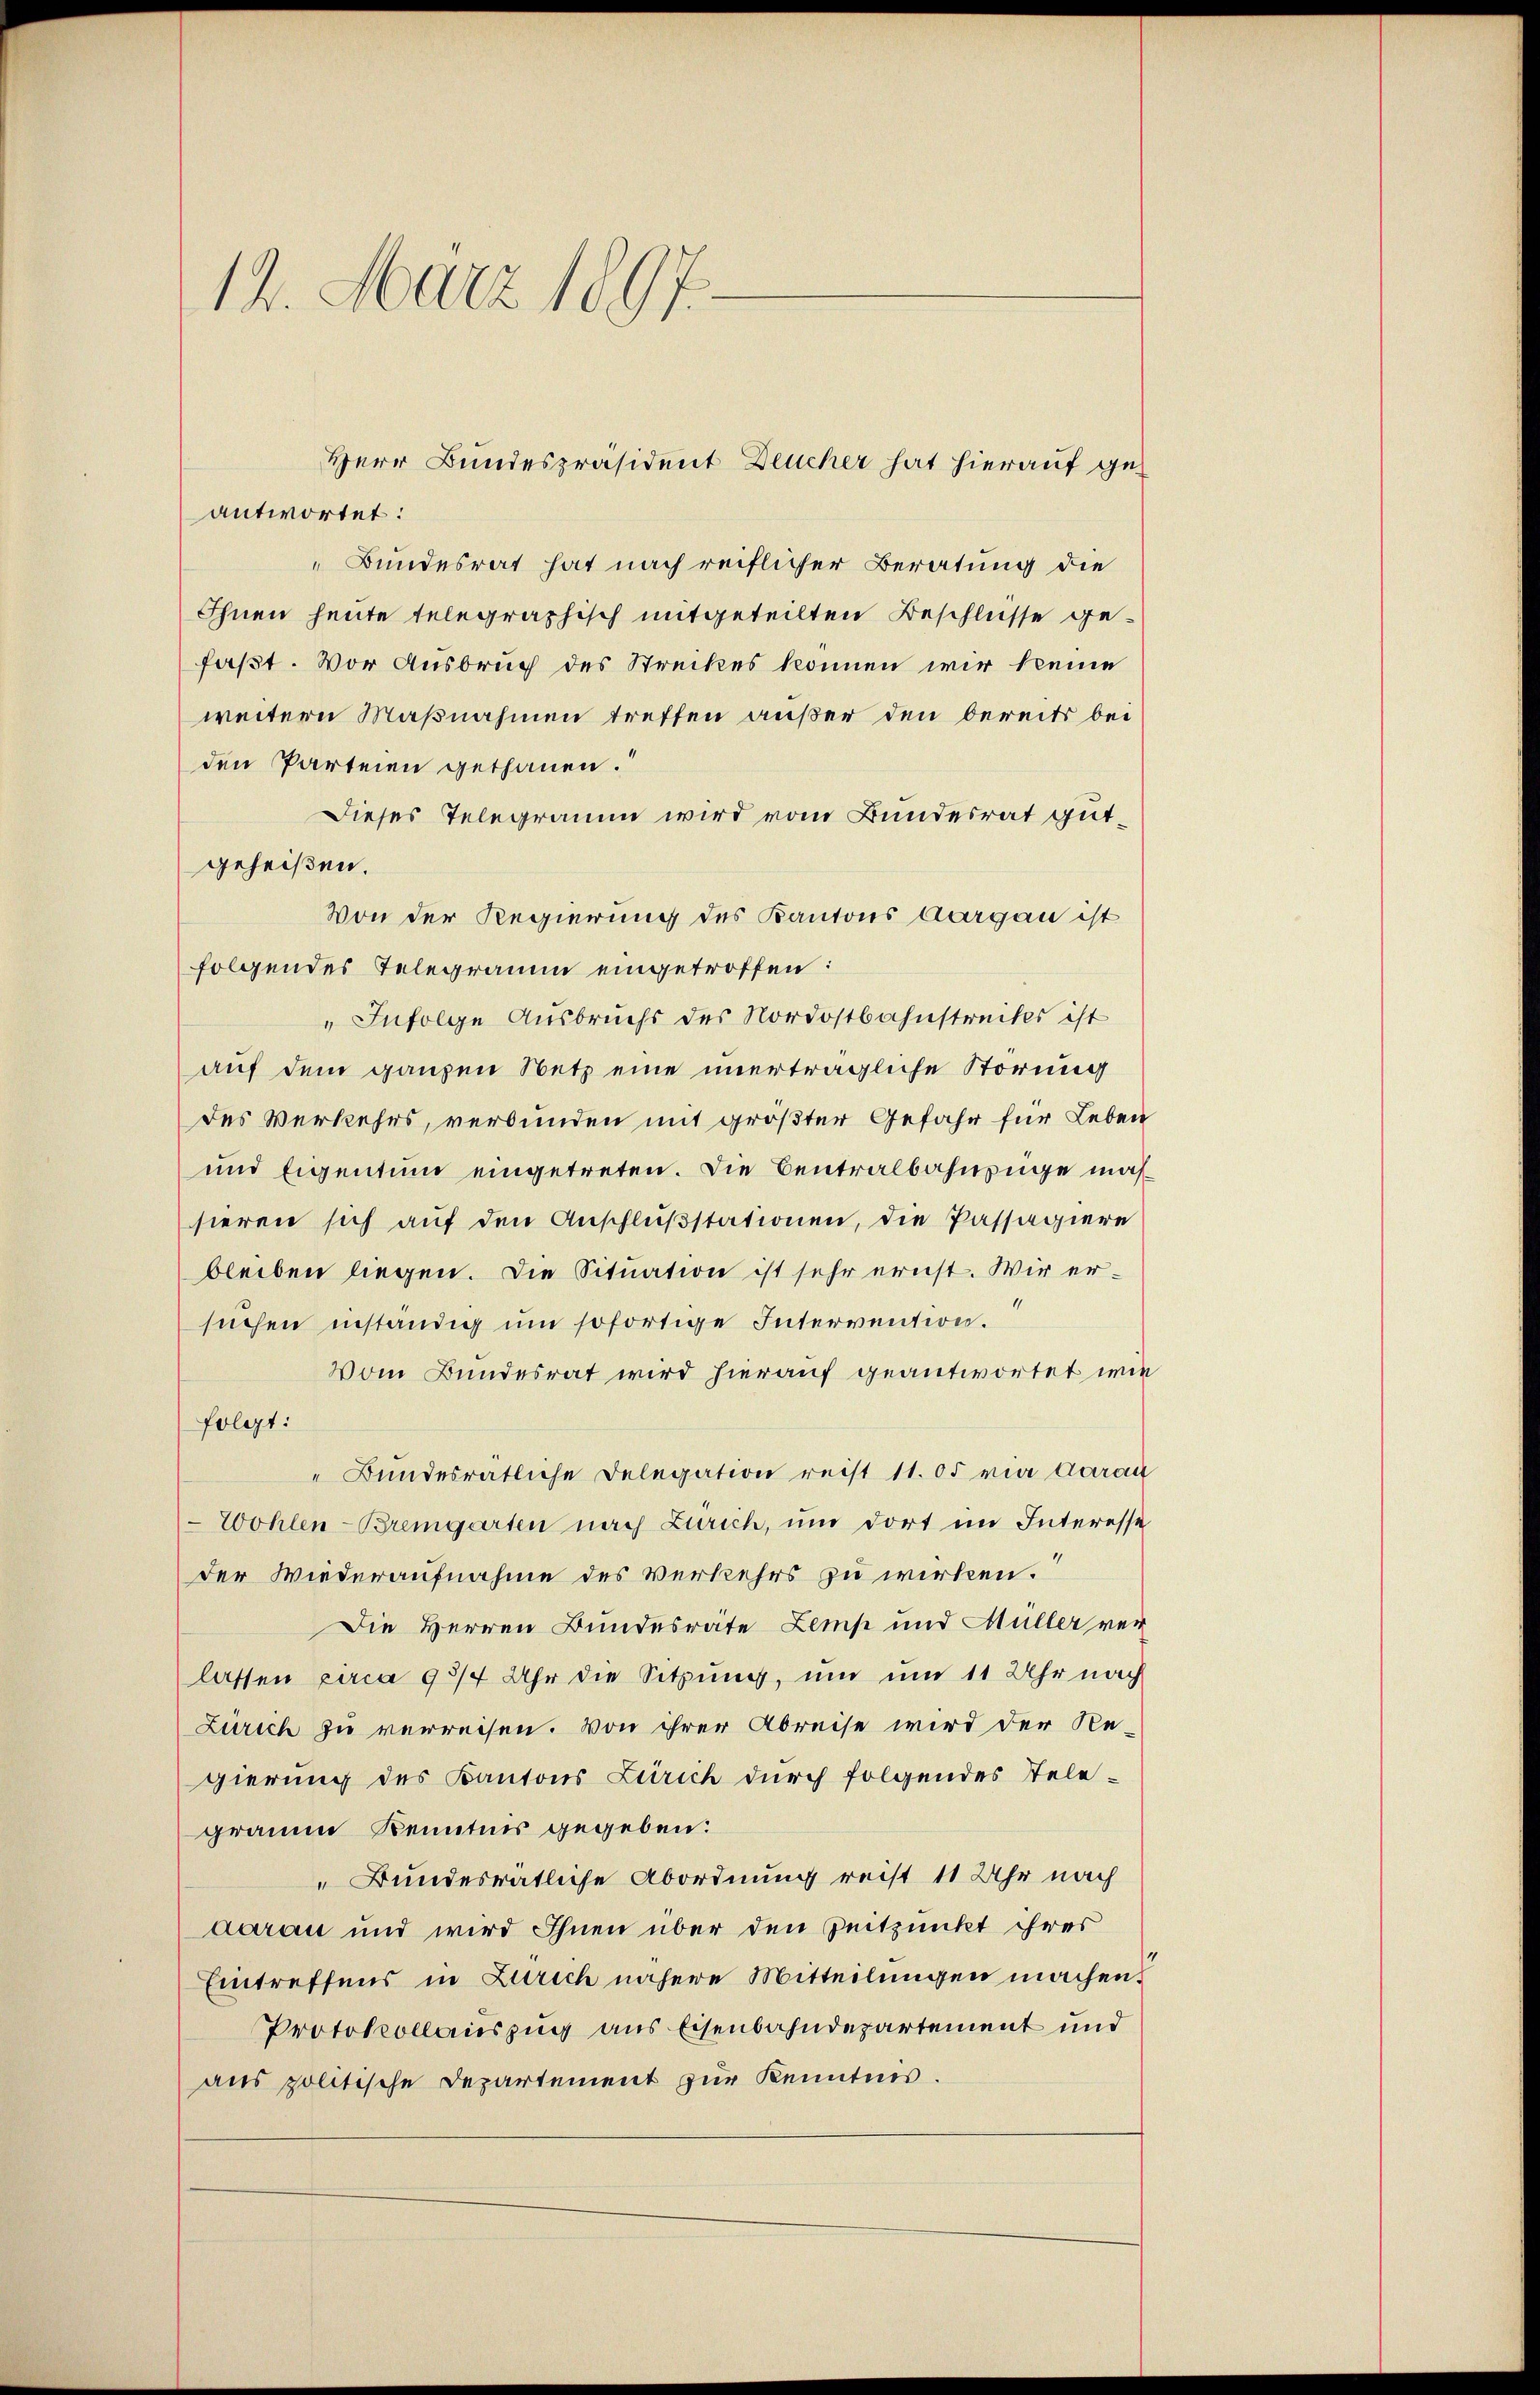
12. März 1897.

antwortet:
Bundesrat hat nach reiflicher Beratung die
Ihnen heute telegraphisch mitgeteilten Beschlüsse gefaßt. Vor Ausbruch des Streckes können wir keine
weitern Maßnahmen treffen außer den bereits bei
den Parteien gethanen.
Dieses Telegramm wird vom Bundesrat gutgeheißen.
Von der Regierung des Kantons Aargau ist
folgendes Telegramm eingetroffen:
"Infolge Ausbruchs des Nordostbahnstreckes ist
auf dem ganzen Netz eine unerträgliche Störung
des Verkehrs, verbunden mit größter Gefahr für Leben
und Eigentum eingetreten. Die Centralbahnzüge machsieren sich auf den Anschlußstationen, die Passagiere
bleiben liegen. Die Situation ist sehr ernst. Wir ersuchen inständig um sofortige Intervention.
Vom Bundesrat wird hierauf geantwortet wie
folgt:
" Bundesrätliche Delegation reist 11. 05 ria darau
Wohlen-Bremgarten nach Zürich, um dort im Interesse
der Wiederaufnahme des Verkehrs zu wirken.
Die Herren Bundesräte Lampe und Müller verlassen circa 93/7 Uhr die Sitzung, um um 11 Uhr nach
Zürich zu verreisen. Von ihrer Abreise wird der Regierung des Kantons Zürich durch folgendes Telegraume Kenntnis gegeben.
Bundesrätliche Abordnung recht 11 Uhr nach
Aarau und wird Ihnen über den Zeitpunkt ihres
Eintreffens in Zürich nähere Mitteilungen machen.
Protokollauszug aus Eisenbahndepartement und
aus politische Departement zur Kenntnis.

Herr Bundespräsident Deucher hat hierauf ge¬